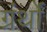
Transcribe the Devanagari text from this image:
ग्रंर्थों